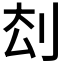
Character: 𠛗